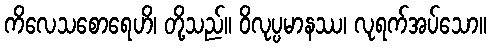
ကိလေသစောရေဟိ၊ တို့သည်။ ဝိလုပ္ပမာနဿ၊ လုရက်အပ်သော။